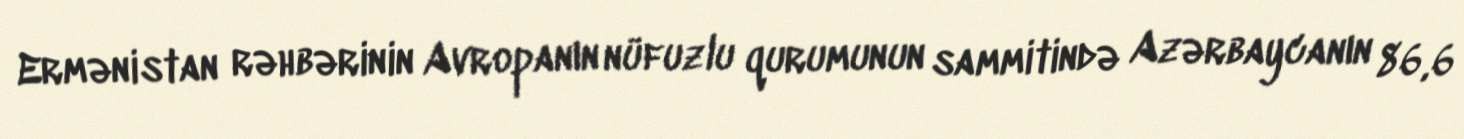
Ermənistan rəhbərinin Avropanın nüfuzlu qurumunun sammitində Azərbaycanın 86,6